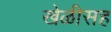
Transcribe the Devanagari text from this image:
खेळीसह